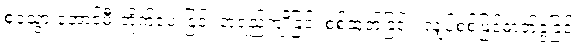
စုခဲသွားအောင်မီးတိုက်ပေးခြင်း၊အရည်ကျိုခြင်း၊စစ်ထုတ်ခြင်း၊ လျှပ်စစ်ဖြင့်ဓာတ်ခွဲခြင်း၊